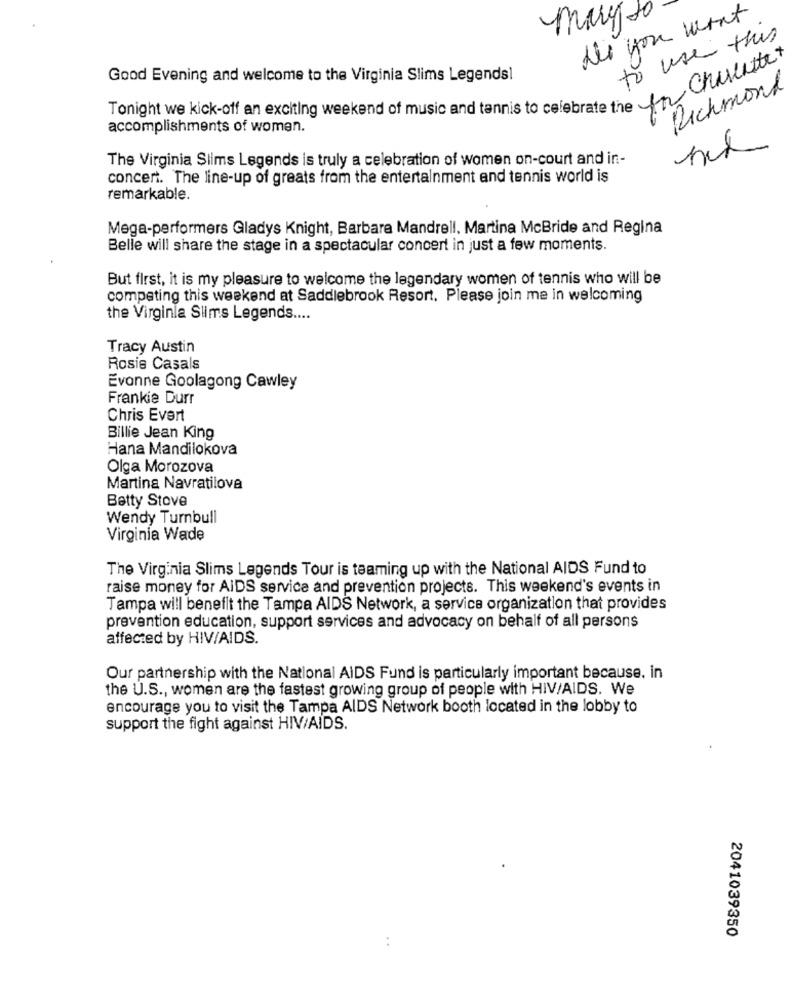
Mary to
de you want
to use this
Good Evening and welcome to the Virginia Slims Legendsl
Richmond
Tonight we kick-off an exciting weekend of music and tennis to celebrate to Chuleta
accomplishments of women.
The Virginia Slims Legends is truly a celebration of women on-court and in-
concert. The line-up of greats from the entertainment and tennis world is
remarkable.
Mega-performers Gladys Knight, Barbare Mandrell, Martina McBride and Regina
Belle will share the stage in a spectacular concert in just a few moments.
But first, it is my pleasure to welcome the legendary women of tennis who will be
competing this weekend at Saddlebrook Resort. Please join me in welcoming
the Virginla Slims Legends ....
Tracy Austin
Rosis Casals
Evonne Goolagong Cawley
Frankie Durr
Chris Evert
Billie Jean King
Hana Mandilokova
Olga Morozova
Martina Navratilova
Betty Stove
Wendy Turnbull
Virginia Wade
The Virginia Slims Legends Tour is teaming up with the National AIDS Fund to
raise money for AIDS service and prevention projects. This weekend's events in
Tampa will benefit the Tampa AIDS Network, a service organization that provides
prevention education, support services and advocacy on behalf of all persons
affected by HIV/AIDS.
Our partnership with the National AIDS Fund is particularly important because. in
the U.S ., women are the fastest growing group of people with HIV/AIDS. We
encourage you to visit the Tampa AIDS Network booth located in the lobby to
support the fight against HIV/AIDS.
2041039350